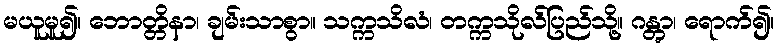
မယူမူ၍။ ဘောတ္တိနာ၊ ချမ်းသာစွာ။ သက္ကသိလံ၊ တက္ကသိုလ်ပြည်သို့။ ဂန္တွာ၊ ရောက်၍။